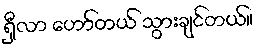
ရှီလာ ဟော်တယ် သွားချင်တယ်။